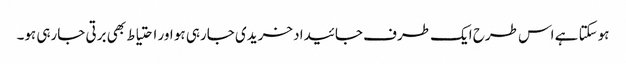
ہوسکتا ہے اس طرح ایک طرف جائیداد خریدی جارہی ہو اور احتیاط بھی برتی جارہی ہو۔